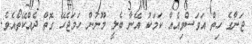
ޖަނާގެ ހިތް އަވަސްވިއެއް ކަމަކު އޭނާ ބެލީ މޫނުން ހަމަޖެހޭ ގޮތް ދެއްކޭތޯއެވެ.